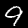
Digit: 9